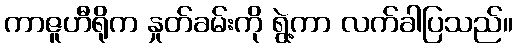
ကာဇူဟီရိုက နှုတ်ခမ်းကို ရွဲ့ကာ လက်ခါပြသည်။